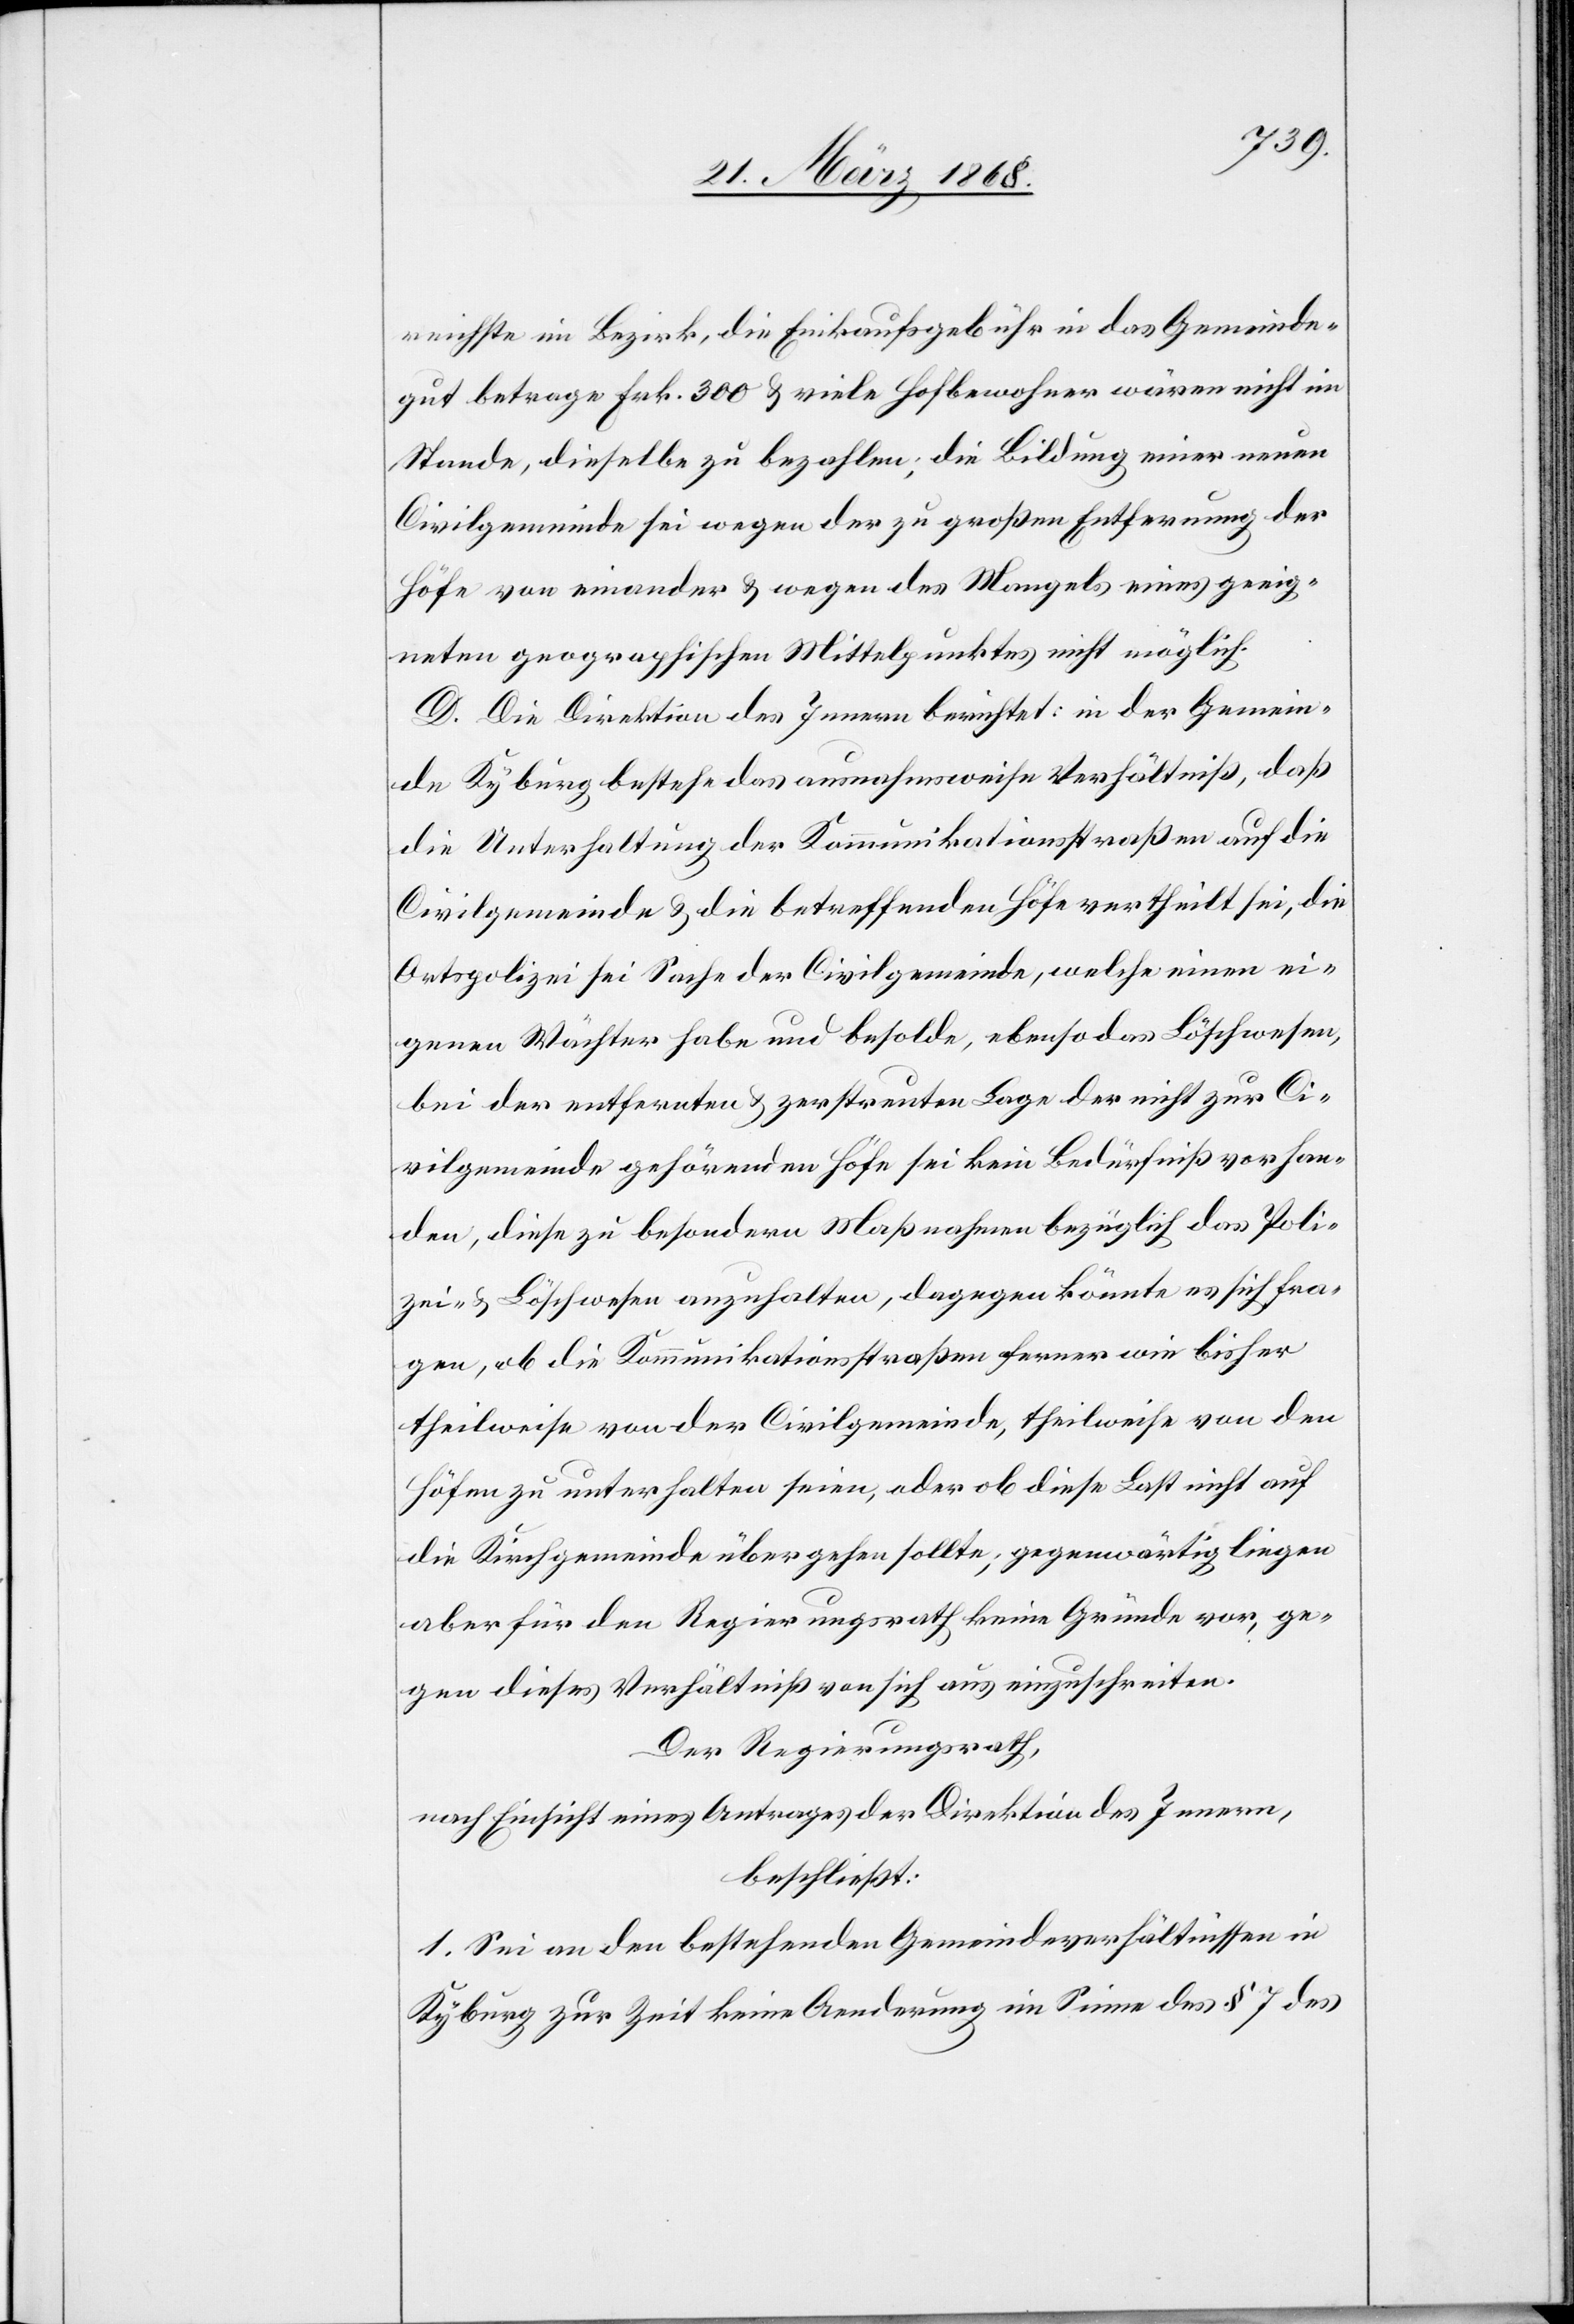
reichste im Bezirk, die Einkaufsgebühr in das Gemeinde¬
gut betrage Frk. 300 & viele Hofbewohner wären nicht im
Stande, dieselbe zu bezahlen; die Bildung einer neuen
Civilgemeinde sei wegen der zu großen Entfernung der
Höfe von einander & wegen des Mangels eines geeig¬
neten geographischen Mittelpunktes nicht möglich.
D. Die Direktion des Innern berichtet: in der Gemein¬
de Kyburg bestehe das ausnahmsweise Verhältniß, daß
die Unterhaltung der Kommunikationsstraßen auf die
Civilgemeinde & die betreffenden Höfe vertheilt sei, die
Ortspolizei sei Sache der Civilgemeinde, welche einen ei¬
genen Wächter habe und besolde, ebenso das Löschwesen,
bei der entfernten & zerstreuten Lage der nicht zur Ci¬
vilgemeinde gehörenden Höfe sei kein Bedürfniß vorhan¬
den, diese zu besondern Maßnahmen bezüglich das Poli¬
zei- & Löschwesen anzuhalten, dagegen könnte es sich fra¬
gen, ob die Kommunikationsstraßen ferner wie bisher
theilweise von der Civilgemeinde, theilweise von den
Höfen zu unterhalten seien, oder ob diese Last nicht auf
die Kirchgemeinde übergehen sollte; gegenwärtig liegen
aber für den Regierungsrath keine Gründe vor, ge¬
gen dieses Verhältniß von sich aus einzuschreiten.
Der Regierungsrath,
nach Einsicht eines Antrages der Direktion des Innern,
beschließt:
1. Sei an den bestehenden Gemeindeverhältnissen in
Kyburg zur Zeit keine Aenderung im Sinne des § 7 des